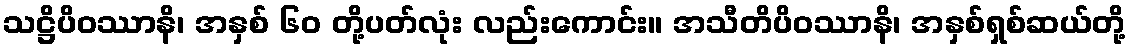
သဋ္ဌိပိဝဿာနိ၊ အနှစ် ၆၀ တို့ပတ်လုံး လည်းကောင်း။ အသီတိပိဝဿာနိ၊ အနှစ်ရှစ်ဆယ်တို့